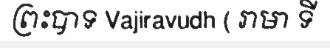
ព្រះបាទ Vajiravudh ( រាមា ទី